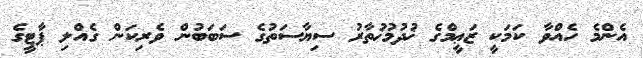
އެންމެ ހެއްވާ ކަމަކީ ޒަޢީމްގެ ޚުދުމުޚުތާރު ސިޔާސަތުގެ ސަބަބުން ވެރިކަން ގެއްލި ޕާޓީގެ